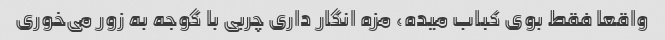
واقعا فقط بوی کباب میده، مزه انگار داری چربی با گوجه به زور می‌خوری